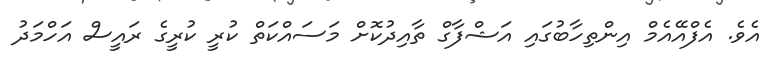
އެވެ. އެފްއޭއެމް އިންތިހާބުގައި އަޝްފާގް ތާއިދުކޮށް މަސައްކަތް ކުރީ ކުރީގެ ރައީސް އަހްމަދު